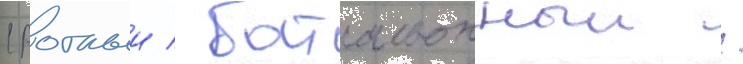
(ротныи / батальонныи /